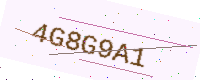
Text: 4G8G9A1